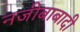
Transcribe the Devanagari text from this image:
नजीबाबादी